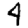
Digit: 4